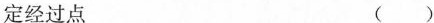
定经过点 ()